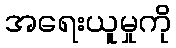
အရေးယူမှုကို